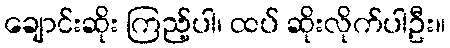
ချောင်းဆိုး ကြည့်ပါ၊ ထပ် ဆိုးလိုက်ပါဦး။